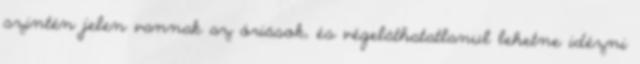
szintén jelen vannak az óriások, és végeláthatatlanul lehetne idézni